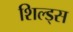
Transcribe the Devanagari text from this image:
शिल्ड्स